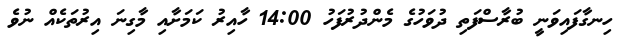
ހިނގާފައިވަނީ ބުރާސްފަތި ދުވަހުގެ މެންދުރުފަހު 14:00 ހާއިރު ކަމަށާއި މާގިނަ އިރުތަކެއް ނުވެ